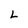
Character: L